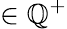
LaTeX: \in\mathbb{Q}^{+}